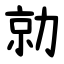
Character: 勍